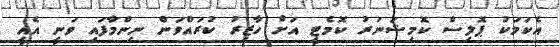
އެކަމަކު ޕޮލިސް ކޮމިޝަނަރު ކޮމެޓީ އަށް ހާޒިރު ކުރައްވަން ނިންމާފައި ވަނީ އެއީ